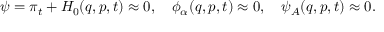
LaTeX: \psi = \pi _ { t } + H _ { 0 } ( q , p , t ) \approx 0 , \ \ \ \phi _ { \alpha } ( q , p , t ) \approx 0 , \ \ \ \psi _ { A } ( q , p , t ) \approx 0 .